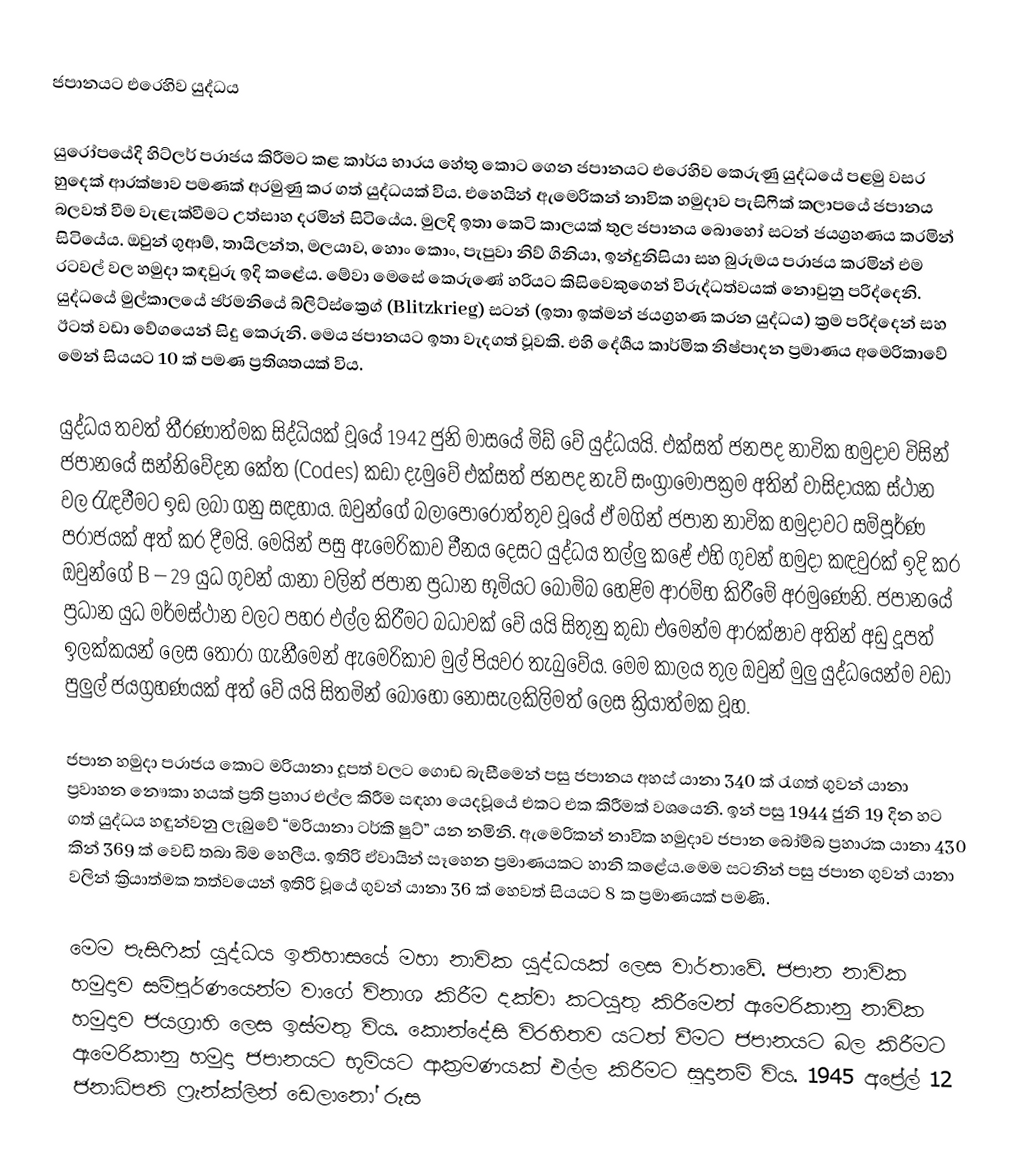
ජපානයට එරෙහිව යුද්ධය

යුරෝපයේදි හිට්ලර් පරාජය කිරීමට කළ කාර්ය භාරය හේතු කොට ගෙන ජපානයට එරෙහිව කෙරුණු යුද්ධයේ පළමු වසර හුදෙක් ආරක්ෂාව පමණක් අරමුණු කර ගත් යුද්ධයක් විය. එහෙයින් ඇමෙරිකන් නාවික හමුදාව පැසිෆික් කලාපයේ ජපානය බලවත් වීම වැළැක්වීමට උත්සාහ දරමින් සිටියේය. මුලදි ඉතා කෙටි කාලයක් තුල ජපානය බොහෝ සටන් ජයග්‍රහණය කරමින් සිටියේය. ඔවුන් ගුආම්, තායිලන්ත, මලයාව, හොං කොං, පැපුවා නිව් ගිනියා, ඉන්දුනිසියා සහ බුරුමය පරාජය කරමින් එම රටවල් වල හමුදා කඳවුරු ඉදි කළේය. මේවා මෙසේ කෙරුණේ හරියට කිසිවෙකුගෙන් විරුද්ධත්වයක් නොවුනු පරිද්දෙනි. යුද්ධයේ මුල්කාලයේ ජර්මනියේ බ්ලිට්ස්ක්‍රෙග් (Blitzkrieg) සටන් (ඉතා ඉක්මන් ජයග්‍රහණ කරන යුද්ධය)  ක්‍රම පරිද්දෙන් සහ ඊටත් වඩා වේගයෙන් සිදු කෙරුනි. මෙය ජපානයට ඉතා වැදගත් වූවකි. එහි දේශීය කාර්මික නිෂ්පාදන ප්‍රමාණය අමෙරිකාවේ මෙන් සියයට 10 ක් පමණ ප්‍රතිශතයක් විය.

යුද්ධය තවත් තීරණාත්මක සිද්ධියක් වූයේ 1942 ජුනි මාසයේ මිඩ් වේ යුද්ධයයි. එක්සත් ජනපද නාවික හමුදාව විසින් ජපානයේ සන්නිවේදන කේත (Codes) කඩා දැමුවේ එක්සත් ජනපද නැව් සංග්‍රාමෝපක්‍රම අතින් වාසිදායක ස්ථාන වල රැඳවීමට ඉඩ ලබා ගනු සඳහාය. ඔවුන්ගේ බලාපොරොත්තුව වූයේ ඒ මගින් ජපාන නාවික හමුදාවට සම්පූර්ණ පරාජයක් අත් කර දීමයි. මෙයින් පසු ඇමෙරිකාව චීනය දෙසට යුද්ධය තල්ලු කළේ එහි ගුවන් හමුදා කඳවුරක් ඉදි කර ඔවුන්ගේ B – 29 යුධ ගුවන් යානා වලින් ජපාන ප්‍රධාන භූමියට බෝම්බ හෙළිම ආරම්භ කිරීමේ අරමුණෙනි. ජපානයේ ප්‍රධාන යුධ මර්මස්ථාන වලට පහර එල්ල කිරීමට බධාවක් වේ යයි සිතුනු කුඩා එමෙන්ම ආරක්ෂාව අතින් අඩු දූපත් ඉලක්කයන් ලෙස තෝරා ගැනීමෙන් ඇමෙරිකාව මුල් පියවර තැබුවේය. මෙම කාලය තුල ඔවුන් මුලු යුද්ධයෙන්ම වඩා පුලුල් ජයග්‍රහණයක් අත් වේ යයි සිතමින් බොහෝ නොසැලකිලිමත් ලෙස ක්‍රියාත්මක වූහ.

ජපාන හමුදා පරාජය කොට මරියානා දූපත් වලට ගොඩ බැසීමෙන් පසු ජපානය අහස් යානා 340 ක් රැගත් ගුවන් යානා ප්‍රවාහන නෞකා හයක් ප්‍රති ප්‍රහාර එල්ල කිරීම සඳහා යෙදවූයේ එකට එක කිරීමක් වශයෙනි. ඉන් පසු 1944 ජුනි 19 දින හට ගත් යුද්ධය හඳුන්වනු ලැබුවේ “මරියානා ටර්කි ෂුට්” යන නමිනි. ඇමෙරිකන් නාවික හමුදාව ජපාන බෝම්බ ප්‍රහාරක යානා  430 කින් 369 ක් වෙඩි තබා බිම හෙලීය. ඉතිරි ඒවායින් සෑහෙන ප්‍රමාණයකට හානි කළේය.මෙම සටනින් පසු ජපාන ගුවන් යානා වලින් ක්‍රියාත්මක තත්වයෙන් ඉතිරි වූයේ ගුවන් යානා 36 ක් හෙවත් සියයට 8 ක ප්‍රමාණයක් පමණි.

මෙම පැසිෆික් යුද්ධය ඉතිහාසයේ මහා නාවික යුද්ධයක් ලෙස වාර්තාවේ. ජපාන නාවික හමුදාව සම්පූර්ණයෙන්ම වාගේ විනාශ කිරීම දක්වා කටයුතු කිරීමෙන් ඇමෙරිකානු නාවික හමුදාව ජයග්‍රාහි ලෙස ඉස්මතු විය. කොන්දේසි විරහිතව යටත් වීමට ජපානයට බල කිරීමට ඇමෙරිකානු හමුදා ජපානයට භූමියට ආක්‍රමණයක් එල්ල කිරීමට සූදානම් විය. 1945 අප්‍රේල් 12 ජනාධිපති ෆ්‍රැන්ක්ලින් ඩෙලානෝ රූස